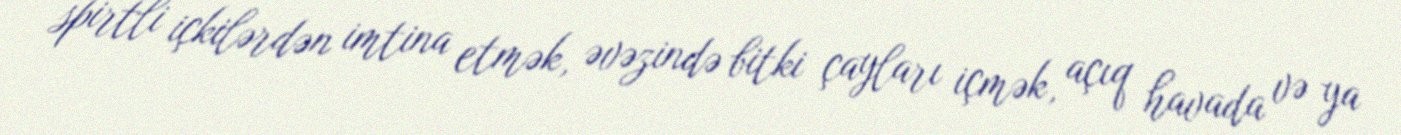
spirtli içkilərdən imtina etmək, əvəzində bitki çayları içmək, açıq havada və ya